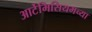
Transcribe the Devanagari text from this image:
आर्टेमिसियमच्या